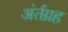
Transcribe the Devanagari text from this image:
अंर्तग्रह